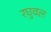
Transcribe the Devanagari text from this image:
रघुवल